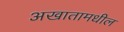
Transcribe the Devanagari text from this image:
अखातामधील